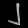
Digit: ၂